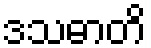
ဒသဓာတိ